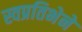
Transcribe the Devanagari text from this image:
स्वप्रतिभेने